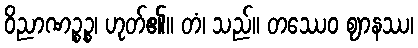
ဝိညာဏဉ္စဉ္စ၊ ဟုတ်၏။ တံ၊ သည်။ တဿေဝ ဈာနဿ၊